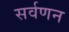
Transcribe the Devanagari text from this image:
सर्वणन